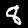
Digit: 8